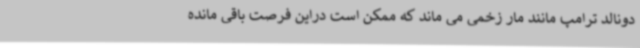
دونالد ترامپ مانند مار زخمی می ماند که ممکن است دراین فرصت باقی مانده